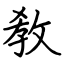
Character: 敎